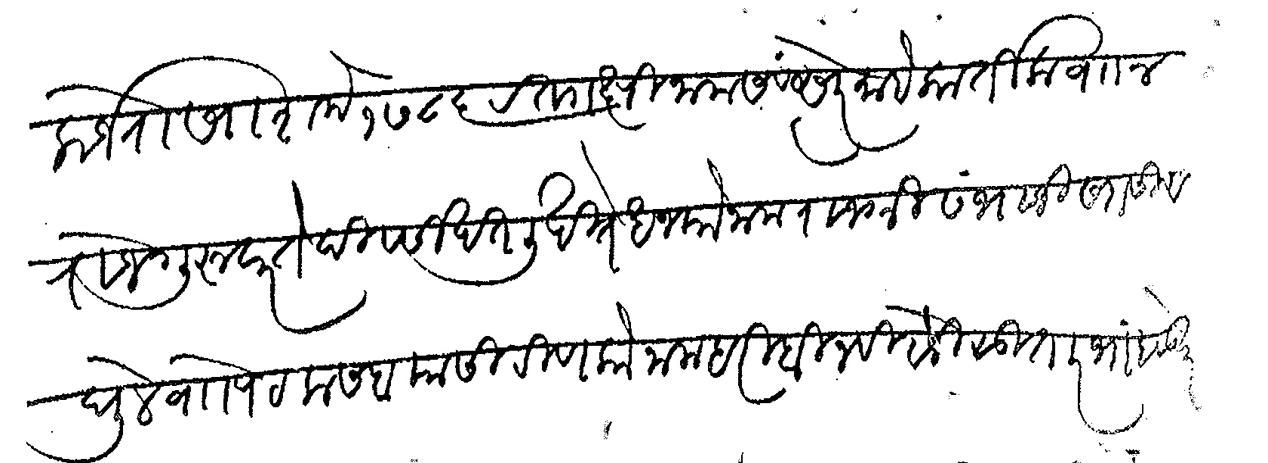
Transliteration (Devanagari): कर्जरोखा शके १७८६ रक्ताक्षी नाम संवत्सरे माहे कार्तिक व ४ तेज गुरुवार ते दिवसी खत लिखिते धनको नाम राजश्री संभाजी सदासिव घुले वा पेट कसबा यासी रिणको नाम हरी बिन विटोजी सुतार भांबवडेकर